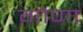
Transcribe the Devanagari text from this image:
गोणा